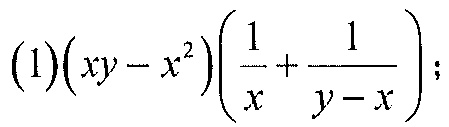
(1)$(xy - x^{2})\left(\dfrac{1}{x}+\dfrac{1}{y - x}\right)$；